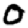
Digit: 0